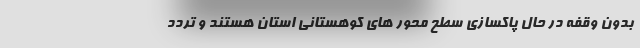
بدون وقفه در حال ‌پاکسازی سطح محور های کوهستانی استان هستند و تردد